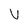
Character: V